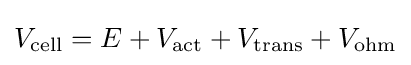
V_{\textrm {cell}}=E+V_{\textrm {act}}+V_{\textrm {trans}}+V_{\textrm {ohm}}